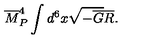
{ \overline { M } } _ { P } ^ { 4 } \int d ^ { 6 } x \sqrt { - { \overline { G } } } { \overline { R } } .